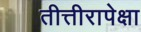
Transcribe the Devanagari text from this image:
तीत्तीरापेक्षा